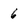
Character: 6